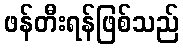
ဖန်တီးရန်ဖြစ်သည်